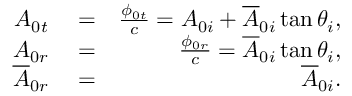
\begin{array} { r l r } { A _ { 0 t } } & { { } = } & { \frac { \phi _ { 0 t } } { c } = A _ { 0 i } + \overline { { A } } _ { 0 i } \tan \theta _ { i } , } \\ { A _ { 0 r } } & { { } = } & { \frac { \phi _ { 0 r } } { c } = \overline { { A } } _ { 0 i } \tan \theta _ { i } , } \\ { \overline { { A } } _ { 0 r } } & { { } = } & { \overline { { A } } _ { 0 i } . } \end{array}